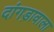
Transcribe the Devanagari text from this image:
दांगड़ावाला